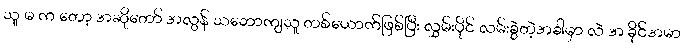
သူ မ က တော့ အဆိုတော် အလွန် သဘောကျသူ တစ်ယောက်ဖြစ်ပြီး လွှမ်းပိုင် လမ်းခွဲတဲ့အခါမှာ လဲ အ ခိုင်အမာ